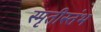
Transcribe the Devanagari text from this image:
स्मृतीस्तंभ